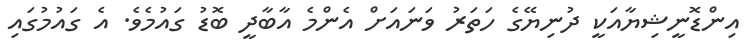
އިންޑޮނީޝިޔާއަކީ ދުނިޔޭގެ ހަތަރު ވަނައަށް އެންމެ އާބާދީ ބޮޑު ގައުމެވެ. އެ ގައުމުގައި